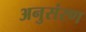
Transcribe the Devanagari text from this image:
अनुसंरण